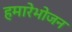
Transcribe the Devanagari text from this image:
हमारेभोजन